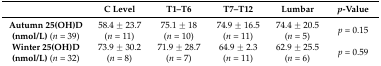
<table><thead><tr><td></td><td><b>C Level</b></td><td><b>T1–T6</b></td><td><b>T7–T12</b></td><td><b>Lumbar</b></td><td><b><i>p</i>-Value</b></td></tr></thead><tbody><tr><td><b>Autumn 25(OH)D</b><b>(nmol/L)</b> (<i>n</i> = 39)</td><td>58.4 ± 23.7 (<i>n</i> = 11)</td><td>75.1 ± 18 (<i>n</i> = 10)</td><td>74.9 ± 16.5 (<i>n</i> = 11)</td><td>74.4 ± 20.5 (<i>n</i> = 5)</td><td><i>p =</i> 0.15</td></tr><tr><td><b>Winter 25(OH)D</b><b>(nmol/L)</b> (<i>n</i> = 32)</td><td>73.9 ± 30.2 (<i>n</i> = 8)</td><td>71.9 ± 28.7 (<i>n</i> = 7)</td><td>64.9 ± 2.3 (<i>n</i> = 11)</td><td>62.9 ± 25.5 (<i>n</i> = 6)</td><td><i>p</i> = 0.59</td></tr></tbody></table>